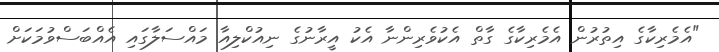
"އެމެރިކާގެ އިތުރުން އެމެރިކާގެ ގާތް އެކުވެރިންނާ އެކު އީރާނުގެ ނިއުކްލިއާ މައްސަލާގައި އެއްބަސްވުމަކަށް